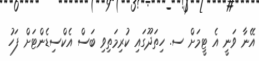
އޭނާ ވަނީ އެ ޓީމަށް ސ. ހިތަދޫގައި ކުރިމަތިވި ބަސް އެކްސިޑެންޓަށް ފަހު